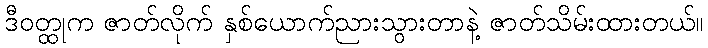
ဒီဝတ္ထုက ဇာတ်လိုက် နှစ်ယောက်ညားသွားတာနဲ့ ဇာတ်သိမ်းထားတယ်။